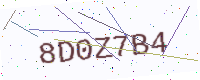
Text: 8D0Z7B4